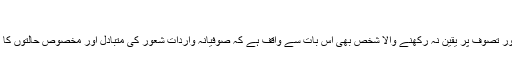
”
مذہب اور تصوف پر یقین نہ رکھنے والا شخص بھی اس بات سے واقف ہے کہ صوفیانہ واردات شعور کی متبادل اور مخصوص حالتوں کا نام ہے۔